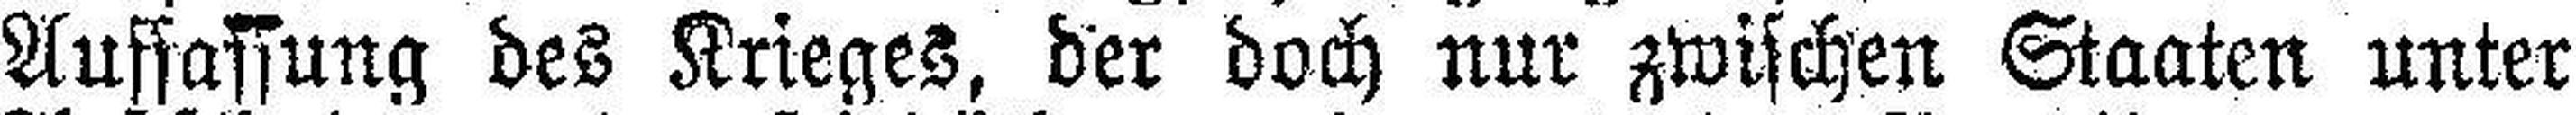
Auffassung des Krieges, der doch nur zwischen Staaten unter